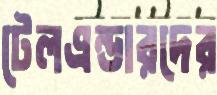
টেলএন্ডারদের